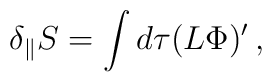
\delta_\parallel S= \int d\tau  (  L \Phi )' \,,